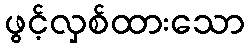
ဖွင့်လှစ်ထားသော